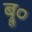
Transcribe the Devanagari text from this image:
ब्रू०